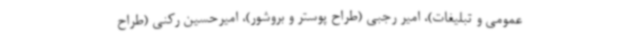
عمومی و تبلیغات)، امیر رجبی (طراح پوستر و بروشور)، امیرحسین رکنی (طراح